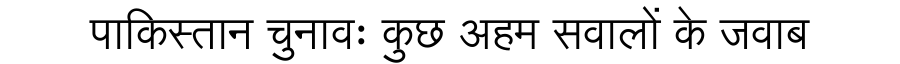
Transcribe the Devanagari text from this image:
पाकिस्तान चुनावः कुछ अहम सवालों के जवाब